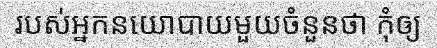
របស់អ្នកនយោបាយមួយចំនួនថា កុំឲ្យ